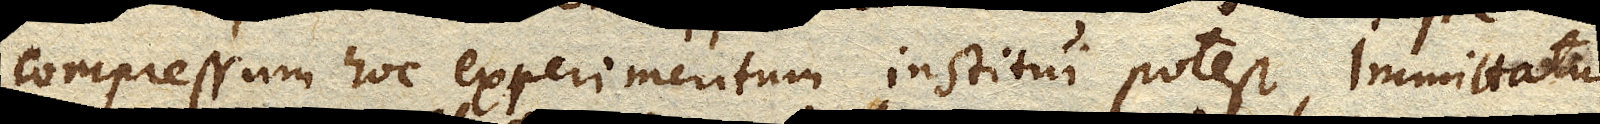
compressum hoc experimentum institui potest, immittatur